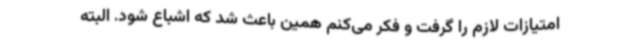
امتیازات لازم را گرفت و فکر می‌کنم همین باعث شد که اشباع شود. البته